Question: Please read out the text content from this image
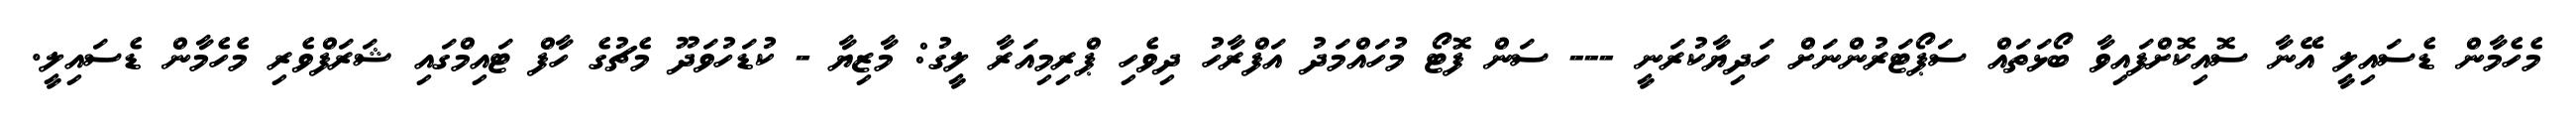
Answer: މެހެމާން ޑެސައިލީ އޭނާ ސޮއިކޮށްފައިވާ ބޯޅަތައް ސަޕޯޓަރުންނަށް ހަދިޔާކުރަނީ --- ސަން ފޮޓޯ މުހައްމަދު އަފްރާހު ދިވެހި ޕްރިމިއަރާ ލީގު: މާޒިޔާ - ކުޑަހުވަދޫ މެޗުގެ ހާފް ޓައިމްގައި ޝަރަފްވެރި މެހެމާން ޑެސައިލީ.